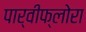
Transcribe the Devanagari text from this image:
पार्वीफ्लोरा